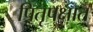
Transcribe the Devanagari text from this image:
पितृपक्षात